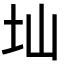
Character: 圸